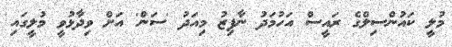
މުލީ ކައުންސިލްގެ ރައީސް އަހުމަދު ނާފިޒު މިއަދު 'ސަން' އަށް ވިދާޅުވީ މުލީގައި